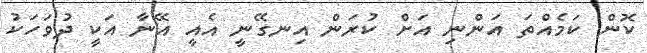
ކޮން ކަމެއްތަ އަންނި އަށް ކުރަން އިނގޭނީ އެއީ އޭނާ އަކީ ދުވަަހަކު